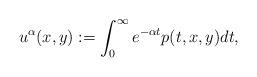
LaTeX: \begin{align*}u^{\alpha}(x,y):=\int_0^{\infty}e^{-\alpha t} p(t,x,y)dt,\end{align*}